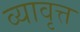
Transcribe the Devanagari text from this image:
व्यावृत्त